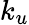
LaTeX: k_{u}